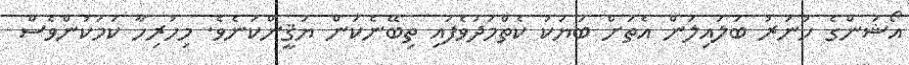
އޯޝަންގެ ހުނަރު ބަލައިލަން އެތަށް ބަޔަކު ކެތްމަދުވެފައި ތިބޭނެކަން ޔަޤީންކަނެވެ. މިހުރިހާ ކަމަކުންވެސް